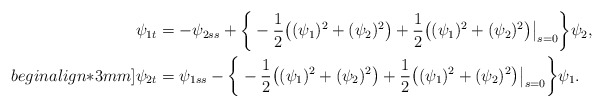
\begin{align*}\psi_{1t}&=-\psi_{2ss} +\bigg\{-\frac{1}{2}\big((\psi_{1})^{2}+(\psi_{2})^{2}\big)+\frac{1}{2}\big((\psi_{1})^{2}+(\psi_{2})^{2}\big)\big\rvert_{s=0} \bigg\}\psi_{2}, \\begin{align*}3mm]\psi_{2t}&= \psi_{1ss}- \bigg\{-\frac{1}{2}\big((\psi_{1})^{2}+(\psi_{2})^{2}\big)+\frac{1}{2}\big((\psi_{1})^{2}+(\psi_{2})^{2}\big) \big\rvert_{s=0} \bigg\}\psi_{1}.\end{align*}